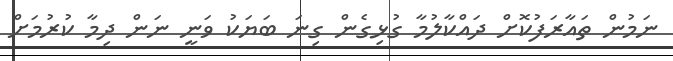
ނަމުން ތައާރަފުކޮށް ދައްކާލުމާ ގުޅިގެން ގިނަ ބަޔަކު ވަނީ ނަން ދިމާ ކުރުމަށް